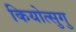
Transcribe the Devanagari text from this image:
कियोत्सुगु